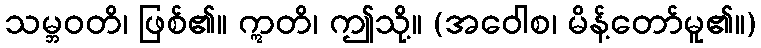
သမ္ဘဝတိ၊ ဖြစ်၏။ ဣတိ၊ ဤသို့။ (အဝေါစ၊ မိန့်တော်မူ၏။)